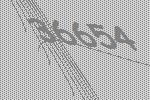
36654